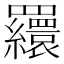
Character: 𦌾